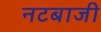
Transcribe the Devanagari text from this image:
नटबाजी